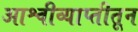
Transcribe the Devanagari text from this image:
आश्वीव्याप्तीतून